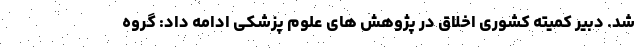
شد. دبیر کمیته کشوری اخلاق در پژوهش های علوم پزشکی ادامه داد: گروه